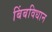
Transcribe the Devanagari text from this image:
बिंबविधान